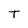
Character: T